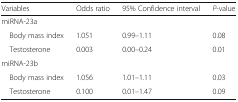
<table><thead><tr><td><b>Variables</b></td><td><b>Odds ratio</b></td><td><b>95% Confidence interval</b></td><td><b><i>P</i>-value</b></td></tr></thead><tbody><tr><td colspan="4">miRNA-23a</td></tr><tr><td> Body mass index</td><td>1.051</td><td>0.99–1.11</td><td>0.08</td></tr><tr><td> Testosterone</td><td>0.003</td><td>0.00–0.24</td><td>0.01</td></tr><tr><td colspan="4">miRNA-23b</td></tr><tr><td> Body mass index</td><td>1.056</td><td>1.01–1.11</td><td>0.03</td></tr><tr><td> Testosterone</td><td>0.100</td><td>0.01–1.47</td><td>0.09</td></tr></tbody></table>